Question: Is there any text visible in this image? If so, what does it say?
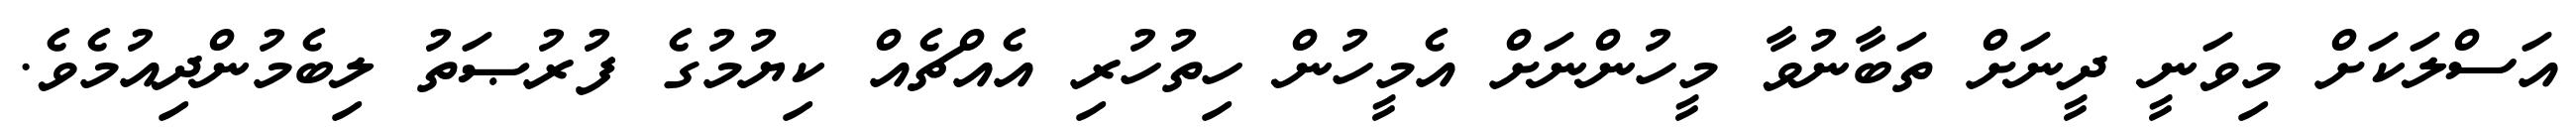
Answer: އަސްލަކަށް މިވަނީ ދީނަށް ތަބާނުވާ މީހުންނަށް އެމީހުން ހިތުހުރި އެއްޗެއް ކިޔުމުގެ ފުރުޞަތު ލިބެމުންދިއުމެވެ.